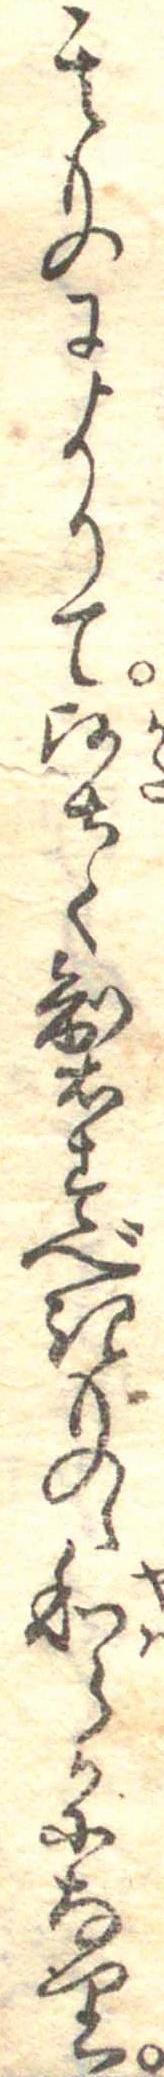
其ものによりて堅く製すべきものゝ和らかになり